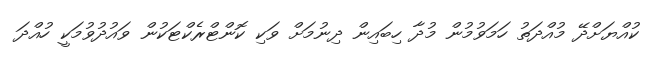
ކުއްޔަށްދޭ މުއްދަތު ހަމަވުމުން މުދާ ހިބައިން ދިނުމަށް ވަކި ކޮންޓްރެކްޓަކުން ވައުދުވުމަކީ ހުއްދަ